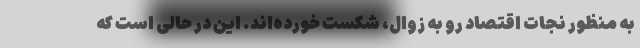
به منظور نجات اقتصاد رو به زوال، شکست خورده‌اند. این در حالی است که